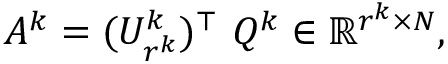
A ^ { k } = ( U _ { r ^ { k } } ^ { k } ) ^ { \top } \ Q ^ { k } \in \mathbb { R } ^ { r ^ { k } \times N } ,